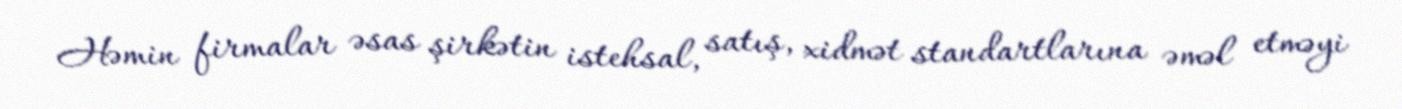
Həmin firmalar əsas şirkətin istehsal, satış, xidmət standartlarına əməl etməyi